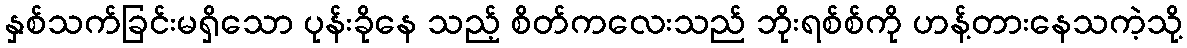
နှစ်သက်ခြင်းမရှိသော ပုန်းခိုနေ သည့် စိတ်ကလေးသည် ဘိုးရစ်စ်ကို ဟန့်တားနေသကဲ့သို့